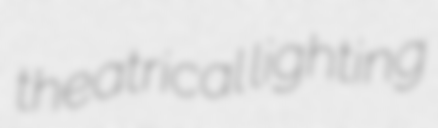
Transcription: theatrical lighting